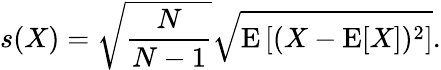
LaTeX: s(X)={\sqrt{\frac{N}{N-1}}}{\sqrt{\operatorname{E}\left[(X-\operatorname{E}[X])^{2}\right]}}.